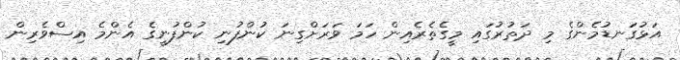
އަޅުގަނޑުމެންގެ މި ދަތުރުގައި މީގެތެރެއިން ހަމަ ވަރަށްގިނަ ކުންފުނި ކުންފުނީގެ އެންމެ އިސްވެރިން